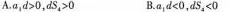
A.$$a_{ 1 } d﹥ 0$$ ，$$d s _{ 4 }﹥0$$ B.$$a _{ 1 } d ＜ 0$$，$$d s _{ 4 } ＜ 0$$